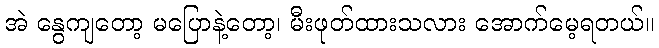
အဲ နွေကျတော့ မပြောနဲ့တော့၊ မီးဖုတ်ထားသလား အောက်မေ့ရတယ်။